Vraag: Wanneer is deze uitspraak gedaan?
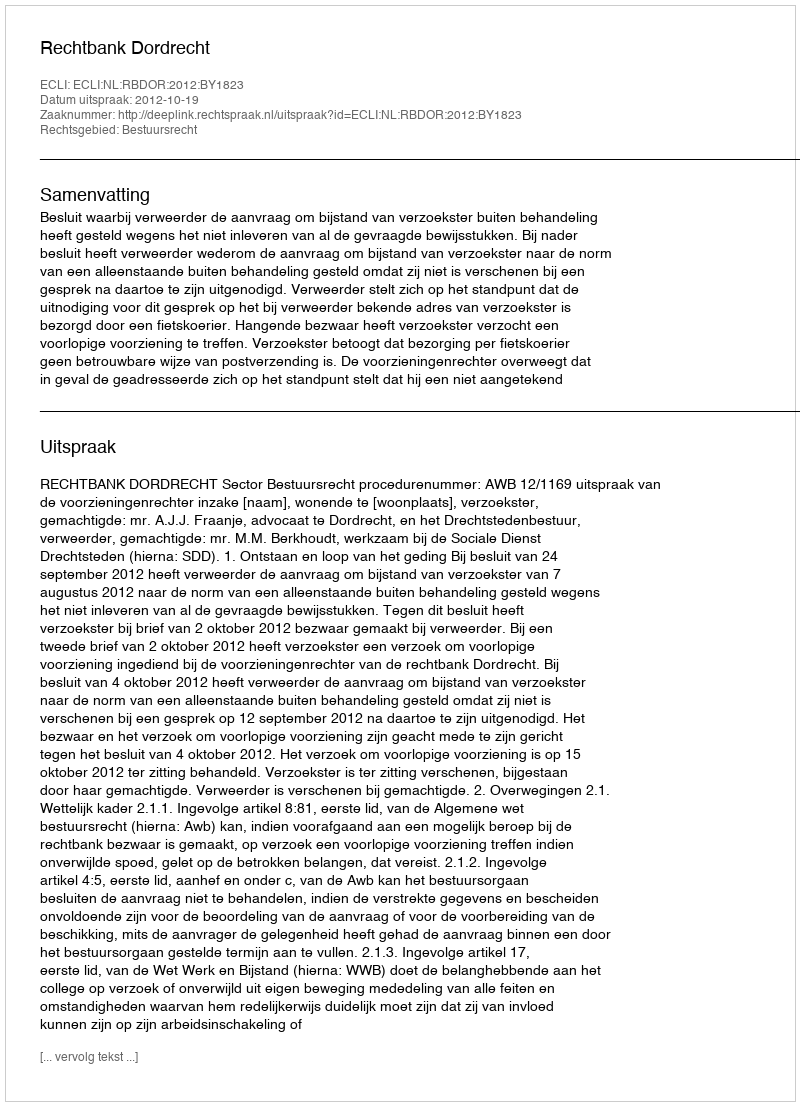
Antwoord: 2012-10-19